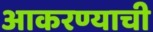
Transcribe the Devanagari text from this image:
आकरण्याची